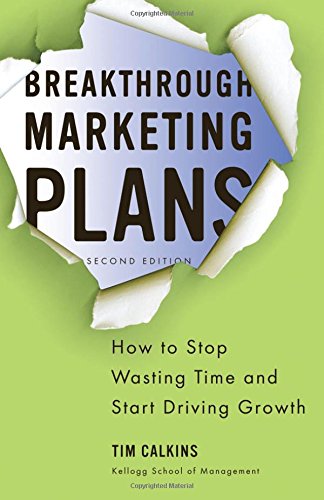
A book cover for Breakthrough Marketing Plans: How to Stop Wasting Time and Start Driving Growth; Tim Calkins; Business & Money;